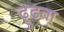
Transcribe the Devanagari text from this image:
ढ़ूढता